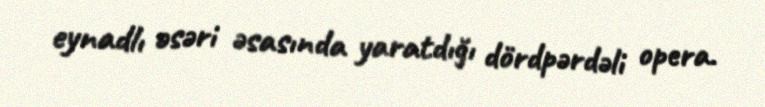
eynadlı əsəri əsasında yaratdığı dördpərdəli opera.